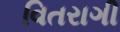
વિતરાગી